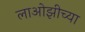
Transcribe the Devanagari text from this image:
लाओझीच्या